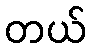
တယ်